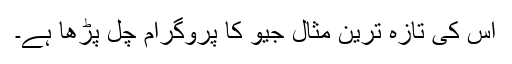
اس کی تازہ ترین مثال جیو کا پروگرام چل پڑھا ہے۔